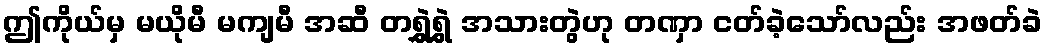
ဤကိုယ်မှ မယိုမီ မကျမီ အဆီ တရွှဲရွှဲ အသားတွဲဟု တဏှာ ငတ်ခဲ့သော်လည်း အဖတ်ခဲ